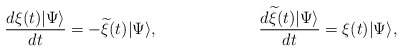
\begin{align*}\frac{d\xi(t)|\Psi \rangle}{dt} = -{\widetilde \xi}(t)|\Psi \rangle,\hspace{1.0in}\frac{d{\widetilde \xi}(t)|\Psi \rangle}{dt} = \xi(t)|\Psi \rangle,\end{align*}